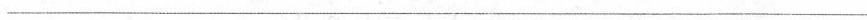
___